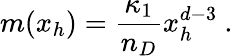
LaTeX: m(x_{h})=\frac{\kappa_{1}}{n_{D}}x_{h}^{d-3}\ .